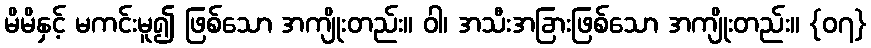
မိမိနှင့် မကင်းမူ၍ ဖြစ်သော အကျိုးတည်း။ ဝါ၊ အသီးအခြားဖြစ်သော အကျိုးတည်း။ {၀၇}